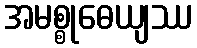
အမစ္စုဓေယျဿ